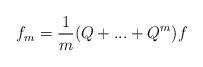
LaTeX: \begin{align*}f_{m}=\frac{1}{m}\mathbb{(}Q+...+Q^{m})f \end{align*}